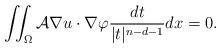
LaTeX: \begin{align*}\iint_{\Omega}\mathcal{A} \nabla u\cdot \nabla \varphi\frac{dt}{|t|^{n-d-1}}dx=0.\end{align*}